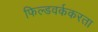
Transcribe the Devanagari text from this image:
फिल्डवर्ककरता